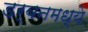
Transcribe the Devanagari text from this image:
डर्बनमध्ये